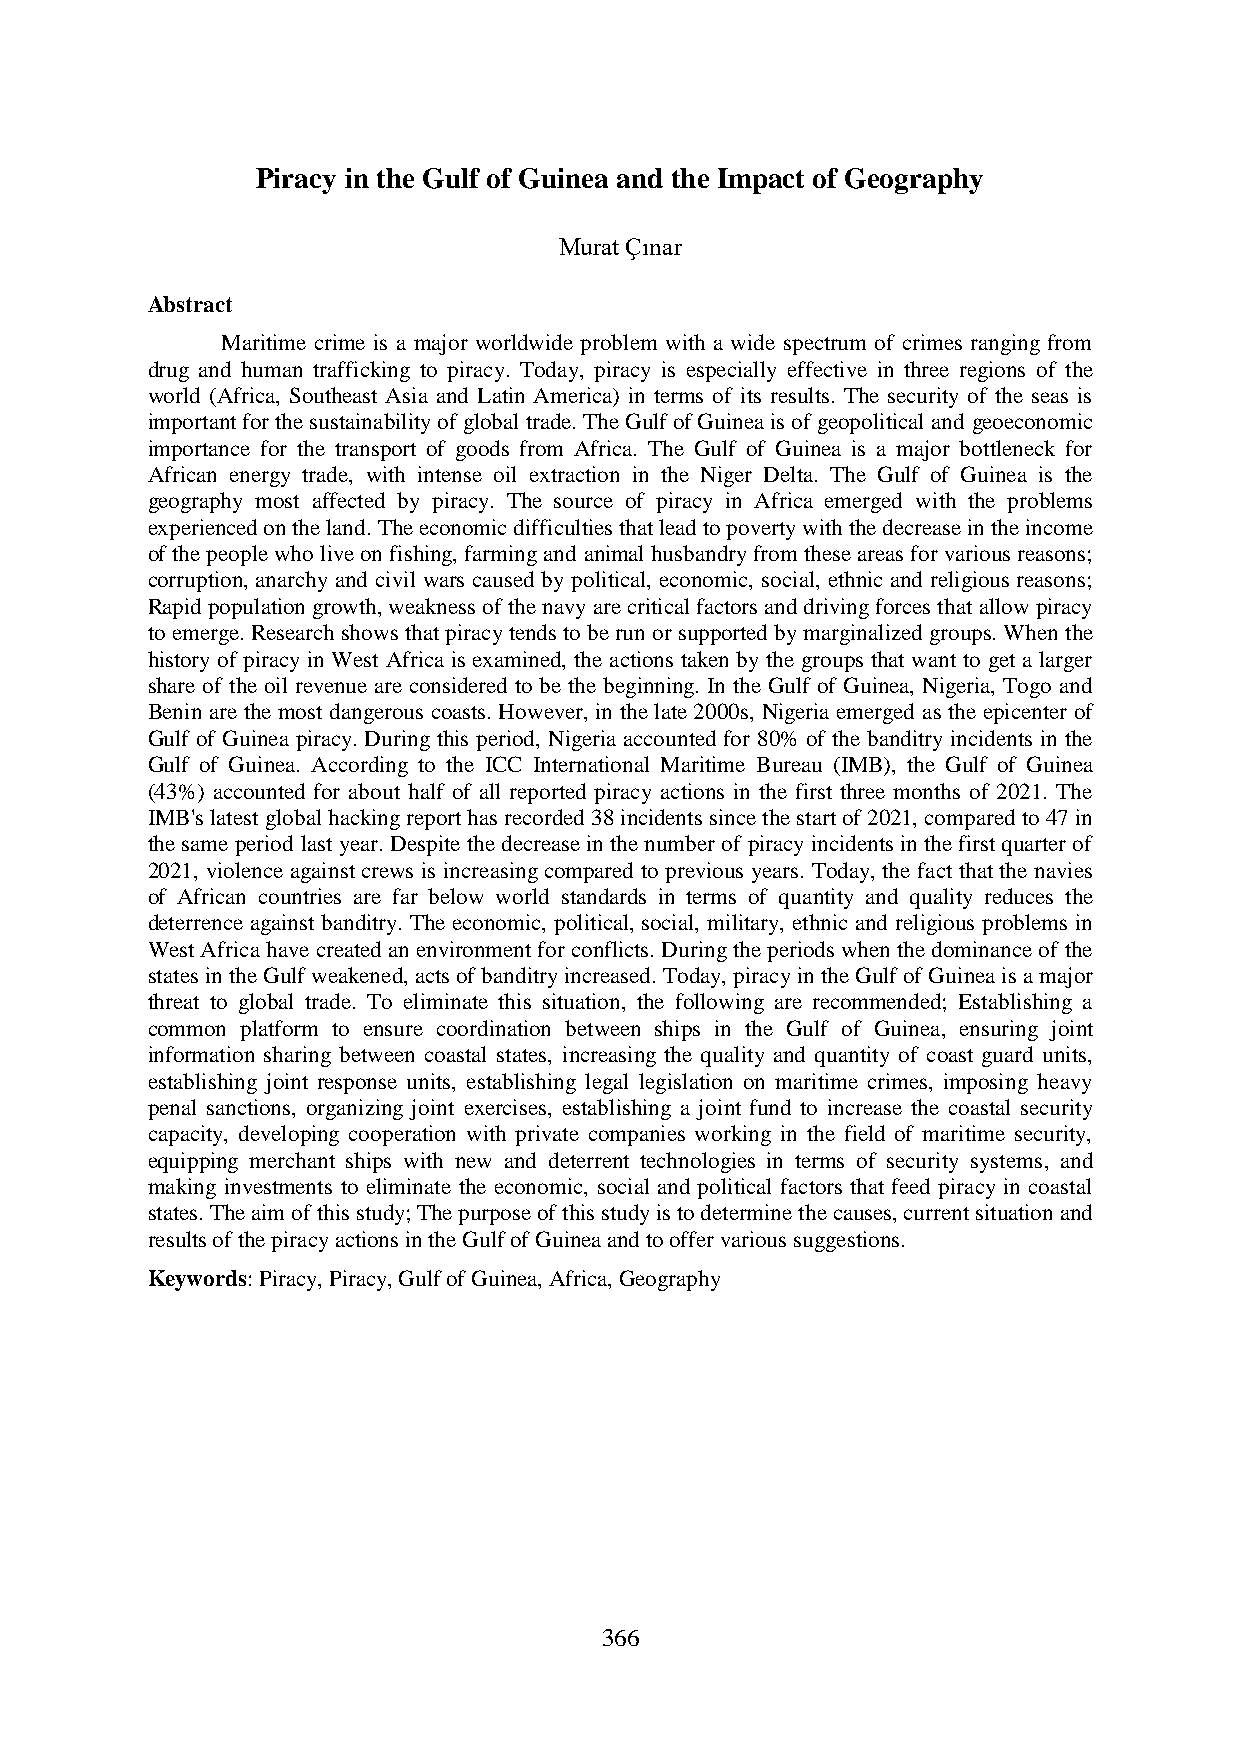
Piracy in the Gulf of Guinea and the Impact of Geography
 Murat Çınar
 Abstract
 Maritime crime is a major worldwide problem with a wide spectrum of crimes ranging from
 drug and human trafficking to piracy. Today, piracy is especially effective in three regions of the
 world (Africa, Southeast Asia and Latin America) in terms of its results. The security of the seas is
 important for the sustainability of global trade. The Gulf of Guinea is of geopolitical and geoeconomic
 importance for the transport of goods from Africa. The Gulf of Guinea is a major bottleneck for
 African energy trade, with intense oil extraction in the Niger Delta. The Gulf of Guinea is the
 geography most affected by piracy. The source of piracy in Africa emerged with the problems
 experienced on the land. The economic difficulties that lead to poverty with the decrease in the income
 of the people who live on fishing, farming and animal husbandry from these areas for various reasons;
 corruption, anarchy and civil wars caused by political, economic, social, ethnic and religious reasons;
 Rapid population growth, weakness of the navy are critical factors and driving forces that allow piracy
 to emerge. Research shows that piracy tends to be run or supported by marginalized groups. When the
 history of piracy in West Africa is examined, the actions taken by the groups that want to get a larger
 share of the oil revenue are considered to be the beginning. In the Gulf of Guinea, Nigeria, Togo and
 Benin are the most dangerous coasts. However, in the late 2000s, Nigeria emerged as the epicenter of
 Gulf of Guinea piracy. During this period, Nigeria accounted for 80% of the banditry incidents in the
 Gulf of Guinea. According to the ICC International Maritime Bureau (IMB), the Gulf of Guinea
 (43%) accounted for about half of all reported piracy actions in the first three months of 2021. The
 IMB's latest global hacking report has recorded 38 incidents since the start of 2021, compared to 47 in
 the same period last year. Despite the decrease in the number of piracy incidents in the first quarter of
 2021, violence against crews is increasing compared to previous years. Today, the fact that the navies
 of African countries are far below world standards in terms of quantity and quality reduces the
 deterrence against banditry. The economic, political, social, military, ethnic and religious problems in
 West Africa have created an environment for conflicts. During the periods when the dominance of the
 states in the Gulf weakened, acts of banditry increased. Today, piracy in the Gulf of Guinea is a major
 threat to global trade. To eliminate this situation, the following are recommended; Establishing a
 common platform to ensure coordination between ships in the Gulf of Guinea, ensuring joint
 information sharing between coastal states, increasing the quality and quantity of coast guard units,
 establishing joint response units, establishing legal legislation on maritime crimes, imposing heavy
 penal sanctions, organizing joint exercises, establishing a joint fund to increase the coastal security
 capacity, developing cooperation with private companies working in the field of maritime security,
 equipping merchant ships with new and deterrent technologies in terms of security systems, and
 making investments to eliminate the economic, social and political factors that feed piracy in coastal
 states. The aim of this study; The purpose of this study is to determine the causes, current situation and
 results of the piracy actions in the Gulf of Guinea and to offer various suggestions.
 Keywords: Piracy, Piracy, Gulf of Guinea, Africa, Geography
 366